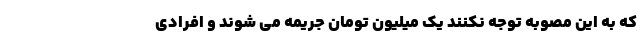
که به این مصوبه توجه نکنند یک میلیون تومان جریمه می شوند و افرادی